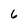
Character: 6